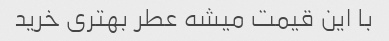
با این قیمت میشه عطر بهتری خرید